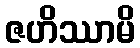
ဇဟိဿာမိ